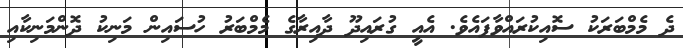
ދެ މެމްބަރަކު ސޮއިކުރައްވާފައެވެ. އެއީ ގުރައިދޫ ދާއިރާގެ މެމްބަރު ހުސައިން މަނިކު ދޮންމަނިކާއި